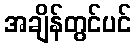
အချိန်တွင်ပင်